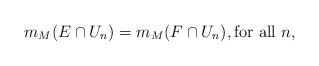
LaTeX: \begin{align*}m_M(E \cap U_n) = m_M(F \cap U_n), \textrm{for all $n$},\end{align*}